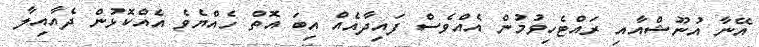
އޭނާ އުނޫޝްއާއި ރައްޓެހިވުމުން އެއްވެސް ފައިދާއެއް އިބަ އޮތް ހެއްޔެވެ އެއްކޮޅުން ދެއާއިލާ